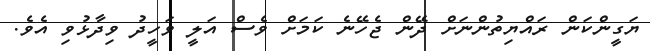
ޔަގީންކަން ރައްޔިތުންނަށް ދޭން ޖެހޭނެ ކަމަށް ވެސް އަލީ ވަހީދު ވިދާޅުވި އެވެ.